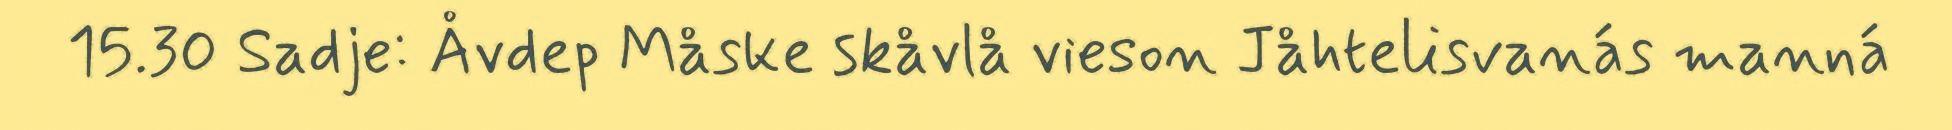
15.30 Sadje: Åvdep Måske skåvlå vieson Jåhtelisvanás manná